Source: Handwritten
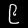
Digit: ၉ (9)